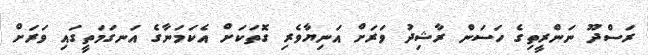
ރަސްދޫ ނަންރީތިގެ ހަސަން ރާޝިދު ވަރަށް އަނިޔާވެރި ގޮތަކަށް އެކަމަނާގެ އަނގަމަތީގައި ވަރަށް